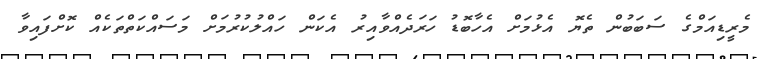
މެރީޑިއަމްގެ ސަބަބުން ތެޔޮ އެޅުމަށް އެހާބޮޑު ހަރަދެއްވާއިރު އެކަން ހައްލުކުރުމަށް މަސައްކަތްތަކެއް ކޮށްފައިވާ